Annual administration report of the Civil Veterinary Department of India - 1895-1896
Year: 1895
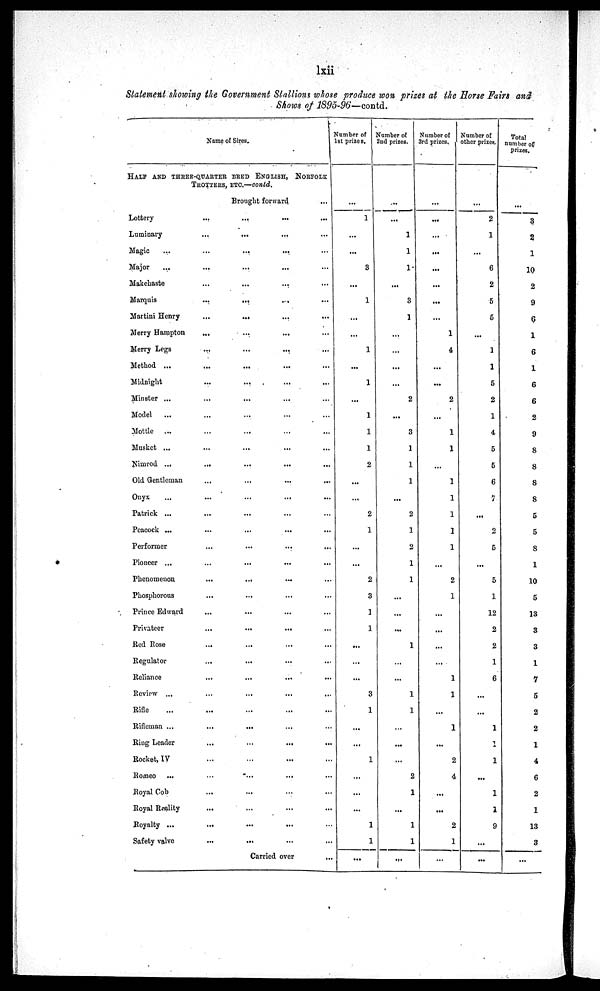
lxii
Statement showing the Government Stallions whose produce won prizes at the Horse Fairs and
Shows of 1895-96—contd.
Name of Sires.
HALF AND THREE-QUARTER BRED ENGLISH, NORFOLK
TROTTERS ETC.-contd.
Brought forward...
Lottery
...
...
...
...
Luminary
...
...
...
...
Magic
...
...
...
...
Major
...
...
...
...
Makehaste
...
...
...
...
Marquis
...
...
...
...
Martini Henry
...
...
...
...
Merry Hampton
...
...
...
Merry Legs
...
...
...
..
Method ...
...
...
...
...
Midnight
...
...
..
...
Minster ...
...
...
...
...
Model
...
... ... ...
Mottle ...
...
...
...
...
Musket ...
...
...
...
Nimrod ...
...
...
...
..
Old Gentleman
...
...
......
Onyx
...
...
...
...
Patrick ...
...
...
...
Peacock ...
...
...
...
Performer
...
...
...
Pioneer ...
...
...
...
Phenomenon
...
...
...
...
Phosphorous
...
...
...
Prince Edward
...
...
...
...
Privateer
...
...
...
...
Red Rose
...
...
...
...
Regulator
...
...
...
...
Reliance
...
...
...
...
Review ...
...
...
...
Rifle
...
...
...
...
Rifleman ...
...
...
...
...
Ring Leader
...
..
...
...
Rocket, IV
...
...
..
Romeo
...
...
...
Royal Cob
...
...
...
...
Royal Reality
...
...
...
...
Royalty ...
...
...
... ...
Safety valve
...
...
...
...
Carried over...
Number of
1st prizes.
...
1
...
...
3
...
1
...
...
1
...
1
...
1
1
1
2
...
...
2
1
...
...
2
3
1
1
...
...
...
3
1
...
...
1
...
...
...
1
1
...
Number of
2nd prizes.
...
...
1
1
1
...
3
1
...
...
...
...
2
...
3
1
1
1
...
2
1
2
1
1
...
...
...
1
...
...
1
1
...
...
...
2
1
...
1
1
Number of
3rd prizes,
...
...
...
...
...
...
...
...
1
4
...
...
2
...
1
1
1
1
1
...
1
...
2
1
...
...
...
...
1
1
...
1
...
2
4
...
...
2
1
...
Number of
other prizes.
...
2
1
...
6
2
5
5
...
1
1
5
2
1
4
5
5
6
1
...
2
5
...
5
1
12
2
2
1
6
...
...
1
1
1
...
1
1
9
...
...
Total
number of
prizes.
...
3
2
1
10
2
9
6
1
6
1
6
6
2
9
8
8
8
8
5
5
8
1
10
5
13
3
3
1
7
5
2
2
1
4
6
2
1
13
3
...